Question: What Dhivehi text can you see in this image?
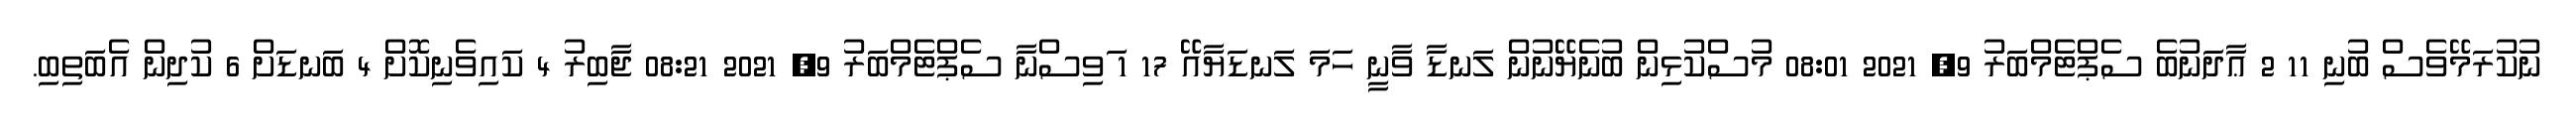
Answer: ނުކުރަމޭވެސް ބުނި 11 2 ޢާދަނުބެ ސެޕްޓެމްބަރު 9, 2021 08:01 މުސްކުޅިން ބުނެޔޭނުން ލަނޑާ ވާނީ ހަމަ ލަނޑަޔާއޭ 17 1 ަވިސްނާ ސެޕްޓެމްބަރު 9, 2021 08:21 ޖާބިރު 4 ކައިވެނިކޮށް 4 ބަނޑަށް 6 ކުދިން އެބަތިބި.